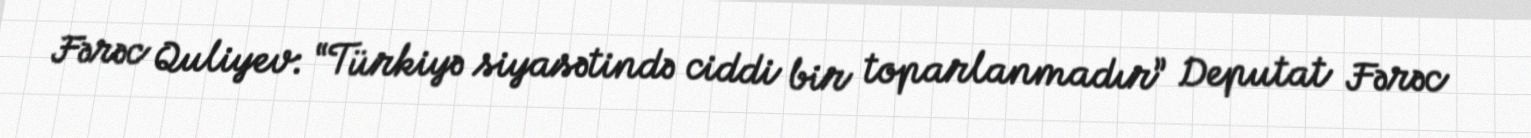
Fərəc Quliyev: “Türkiyə siyasətində ciddi bir toparlanmadır” Deputat Fərəc